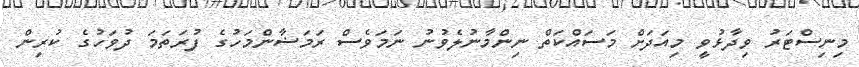
މިނިސްޓަރު ވިދާޅުވީ މިއަދަށް މަސައްކަތް ނިންމާނުލެވުނު ނަމަވެސް ރަމަޟާންމަހުގެ ފުރަތަމަ ދުވަހުގެ ކުރިން